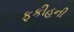
ફકીહની